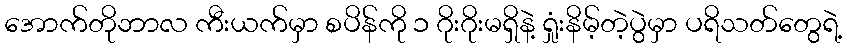
အောက်တိုဘာလ ကီးယက်မှာ စပိန်ကို ၁ ဂိုးဂိုးမရှိနဲ့ ရှုံးနိမ့်တဲ့ပွဲမှာ ပရိသတ်တွေရဲ့